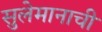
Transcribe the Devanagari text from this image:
सुलेमानाची